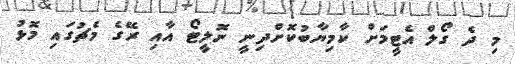
މި ދެ ގޯލް އެޓީމަށް ކާމިޔާބުކޮށްދިނީ ނޮލީޓޯ އާއި ރޭގެ މެޗުގައި މޮޅު